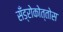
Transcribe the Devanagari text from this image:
सँड्रोकोत्तोस